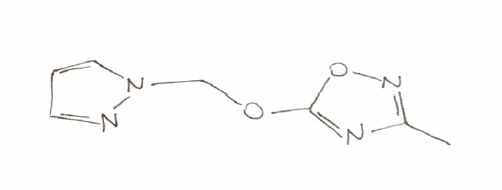
Simplified molecular-input line-entry system (SMILES) notation of the given molecule:
CC1=NOC(=N1)OCN2C=CC=N2